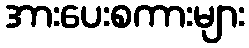
အားပေးစကားများ